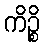
ကိဉ္စိ